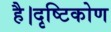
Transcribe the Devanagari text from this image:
है।दृष्टिकोण